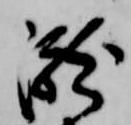
瀧